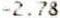
-2.78